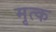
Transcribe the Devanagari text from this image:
मृत्क